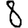
Digit: 8